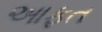
આફત